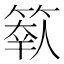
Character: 𥲩